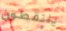
يلتقطون